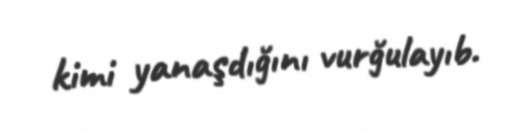
kimi yanaşdığını vurğulayıb.